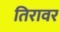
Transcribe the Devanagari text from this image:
तिरावर